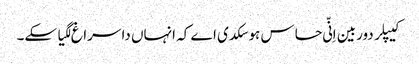
کیپلر دوربین اِنّی حساس ہوسکدی اے کہ انہاں دا سراغ لگیا سکے۔